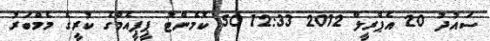
ސައުދު 20 އެޕްރީލް 2012 12:33 50 ކޮމެންޓު ޕީޕީއެމްގެ ކުރީގެ މެމްބަރު